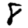
Digit: 8